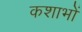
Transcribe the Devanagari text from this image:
कशाभों